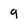
Character: 9